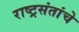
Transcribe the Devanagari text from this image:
राष्ट्रसंतांचे